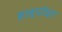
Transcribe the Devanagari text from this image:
हाइपॉइड